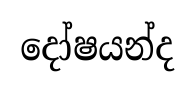
දෝෂයන්ද